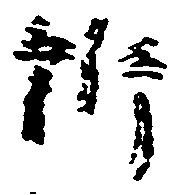
訴